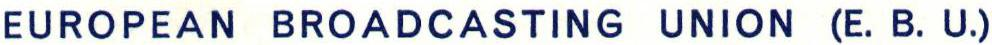
EUROPEAN BROADCASTING UNION (E. B. U.)